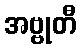
အဗ္ဗုတီ